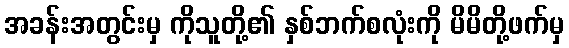
အခန်းအတွင်းမှ ကိုသူတို့၏ နှစ်ဘက်စလုံးကို မိမိတို့ဖက်မှ